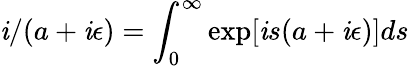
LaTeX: \mathit{i}/(a+\mathit{i}\epsilon)=\int_{0}^{\infty}\exp[\mathit{i}s(a+\mathit{i}\epsilon)]ds